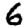
Digit: 6